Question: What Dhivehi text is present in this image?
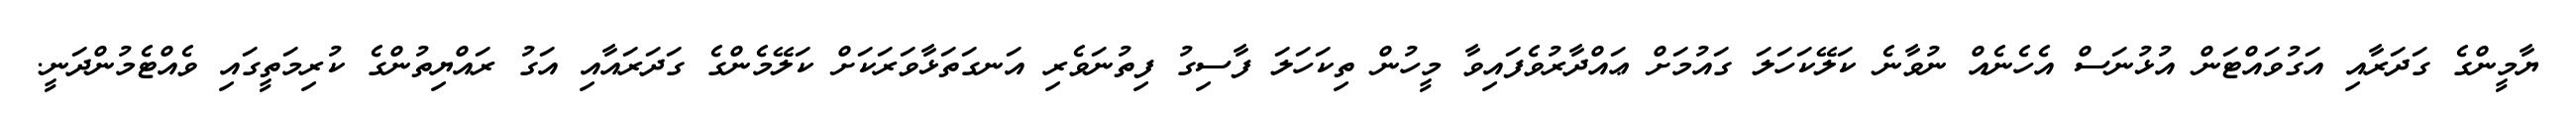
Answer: ޔާމީންގެ ގަދަރާއި އަގުވައްޓަން އުޅުނަސް އެހެނެއް ނުވާނެ ކަލޭކަހަލަ ގައުމަށް ޢައްދާރުވެފައިވާ މީހުން ތިކަހަލަ ފާސިގު ފިތުނަވެރި އަނގަތަޅާވަރަކަށް ކަލޭމެންގެ ގަދަރައާއި އަގު ރައްޔިތުންގެ ކުރިމަތީގައި ވެއްޓެމުންދަނީ.